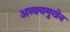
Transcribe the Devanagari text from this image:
अन्वयमुखेन